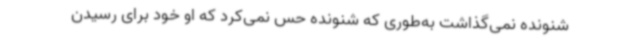
شنونده نمی‌گذاشت به‌طوری که شنونده حس نمی‌کرد که او خود برای رسیدن